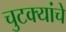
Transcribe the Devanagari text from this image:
चुटक्यांचे